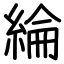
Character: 綸